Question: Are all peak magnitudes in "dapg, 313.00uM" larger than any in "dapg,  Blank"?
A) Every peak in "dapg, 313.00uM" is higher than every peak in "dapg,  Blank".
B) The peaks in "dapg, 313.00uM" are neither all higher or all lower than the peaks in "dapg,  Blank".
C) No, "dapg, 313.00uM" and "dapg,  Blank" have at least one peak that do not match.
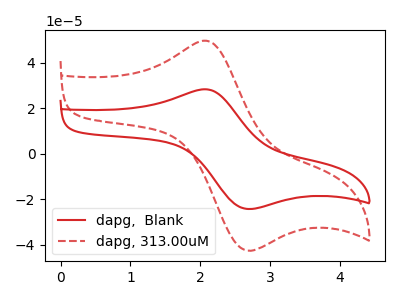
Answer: <think>The red curve "dapg,  Blank" has an anodic peak at (2.05V, 28.30uA) and a cathodic peak at (2.65V, -24.05uA). The red dashed curve "dapg, 313.00uM" has an anodic peak at (2.05V, 49.60uA) and a cathodic peak at (2.65V, -42.20uA).</think>
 <answer>A) Every peak in "dapg, 313.00uM" is higher than every peak in "dapg,  Blank".</answer>
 <eval>A</eval>